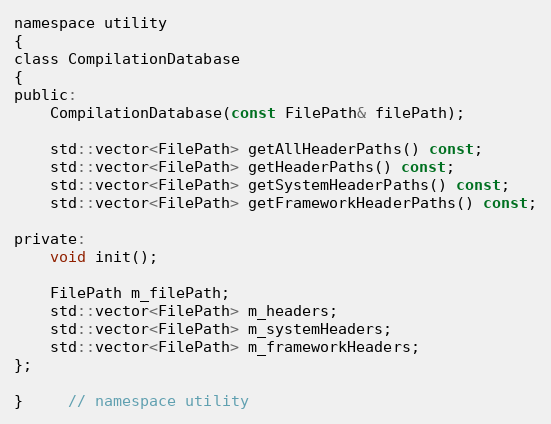
Language: C
namespace utility
{
class CompilationDatabase
{
public:
	CompilationDatabase(const FilePath& filePath);

	std::vector<FilePath> getAllHeaderPaths() const;
	std::vector<FilePath> getHeaderPaths() const;
	std::vector<FilePath> getSystemHeaderPaths() const;
	std::vector<FilePath> getFrameworkHeaderPaths() const;

private:
	void init();

	FilePath m_filePath;
	std::vector<FilePath> m_headers;
	std::vector<FilePath> m_systemHeaders;
	std::vector<FilePath> m_frameworkHeaders;
};

}	 // namespace utility